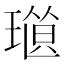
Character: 𤨜